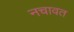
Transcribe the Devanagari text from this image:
नचावत